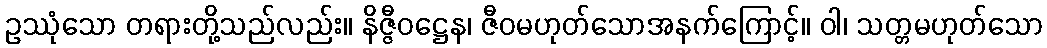
ဥဿုံသော တရားတို့သည်လည်း။ နိဇ္ဇီဝဋ္ဌေန၊ ဇီဝမဟုတ်သောအနက်ကြောင့်။ ဝါ၊ သတ္တမဟုတ်သော